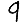
Digit: 9